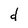
Character: d